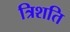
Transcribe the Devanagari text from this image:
त्रिशति